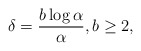
\begin{align*}\delta=\dfrac{b \log\alpha}{\alpha}, b\ge 2,\end{align*}